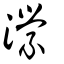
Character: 瀠